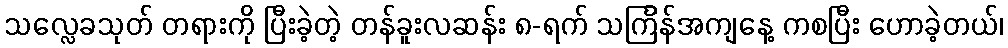
သလ္လေခသုတ် တရားကို ပြီးခဲ့တဲ့ တန်ခူးလဆန်း ၈-ရက် သင်္ကြန်အကျနေ့ ကစပြီး ဟောခဲ့တယ်၊